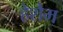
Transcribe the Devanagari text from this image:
हेशैम